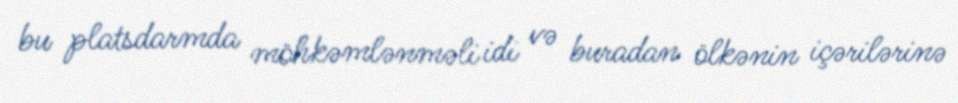
bu platsdarmda möhkəmlənməli idi və buradan ölkənin içərilərinə